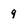
Character: 9